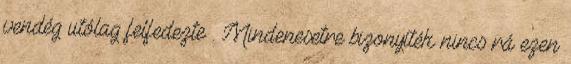
vendég utólag felfedezte . Mindenesetre bizonyíték nincs rá ezen